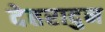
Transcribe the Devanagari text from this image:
देहरादुन